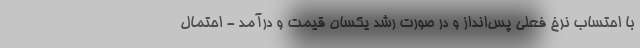
با احتساب نرخ فعلی پس‌انداز و در صورت رشد یکسان قیمت و درآمد - احتمال